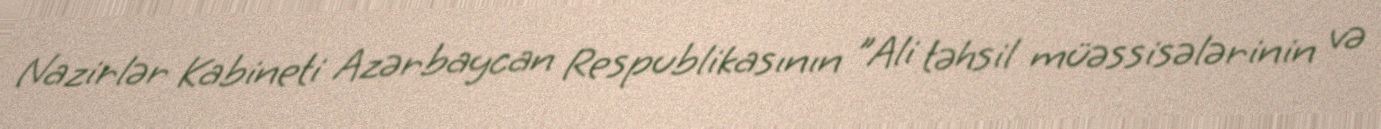
Nazirlər Kabineti Azərbaycan Respublikasının "Ali təhsil müəssisələrinin və